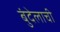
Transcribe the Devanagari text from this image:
बुंदेलाची